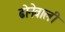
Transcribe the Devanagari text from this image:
ढोनेवाली